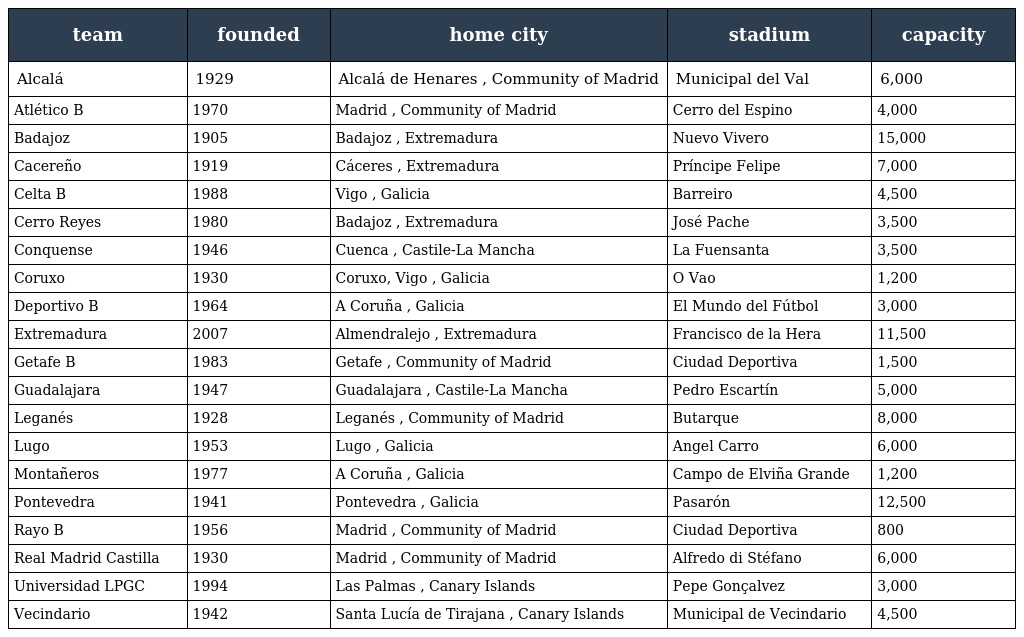
| team | founded | home city | stadium | capacity |
 | --- | --- | --- | --- | --- |
 | Alcalá | 1929 | Alcalá de Henares , Community of Madrid | Municipal del Val | 6,000 |
 | Atlético B | 1970 | Madrid , Community of Madrid | Cerro del Espino | 4,000 |
 | Badajoz | 1905 | Badajoz , Extremadura | Nuevo Vivero | 15,000 |
 | Cacereño | 1919 | Cáceres , Extremadura | Príncipe Felipe | 7,000 |
 | Celta B | 1988 | Vigo , Galicia | Barreiro | 4,500 |
 | Cerro Reyes | 1980 | Badajoz , Extremadura | José Pache | 3,500 |
 | Conquense | 1946 | Cuenca , Castile-La Mancha | La Fuensanta | 3,500 |
 | Coruxo | 1930 | Coruxo, Vigo , Galicia | O Vao | 1,200 |
 | Deportivo B | 1964 | A Coruña , Galicia | El Mundo del Fútbol | 3,000 |
 | Extremadura | 2007 | Almendralejo , Extremadura | Francisco de la Hera | 11,500 |
 | Getafe B | 1983 | Getafe , Community of Madrid | Ciudad Deportiva | 1,500 |
 | Guadalajara | 1947 | Guadalajara , Castile-La Mancha | Pedro Escartín | 5,000 |
 | Leganés | 1928 | Leganés , Community of Madrid | Butarque | 8,000 |
 | Lugo | 1953 | Lugo , Galicia | Angel Carro | 6,000 |
 | Montañeros | 1977 | A Coruña , Galicia | Campo de Elviña Grande | 1,200 |
 | Pontevedra | 1941 | Pontevedra , Galicia | Pasarón | 12,500 |
 | Rayo B | 1956 | Madrid , Community of Madrid | Ciudad Deportiva | 800 |
 | Real Madrid Castilla | 1930 | Madrid , Community of Madrid | Alfredo di Stéfano | 6,000 |
 | Universidad LPGC | 1994 | Las Palmas , Canary Islands | Pepe Gonçalvez | 3,000 |
 | Vecindario | 1942 | Santa Lucía de Tirajana , Canary Islands | Municipal de Vecindario | 4,500 |